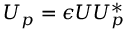
U _ { p } = \epsilon U U _ { p } ^ { * }